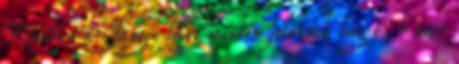
Kínában a Jangce folyó mentén jelentek meg 6-7 ezer